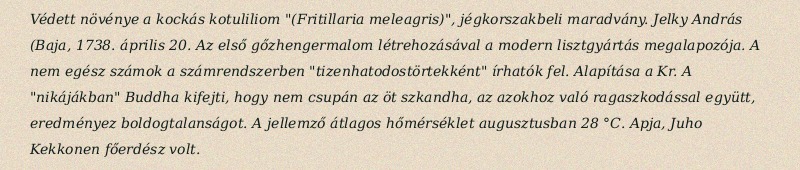
Védett növénye a kockás kotuliliom "(Fritillaria meleagris)", jégkorszakbeli maradvány. Jelky András (Baja, 1738. április 20. Az első gőzhengermalom létrehozásával a modern lisztgyártás megalapozója. A nem egész számok a számrendszerben "tizenhatodostörtekként" írhatók fel. Alapítása a Kr. A "nikájákban" Buddha kifejti, hogy nem csupán az öt szkandha, az azokhoz való ragaszkodással együtt, eredményez boldogtalanságot. A jellemző átlagos hőmérséklet augusztusban 28 °C. Apja, Juho Kekkonen főerdész volt.